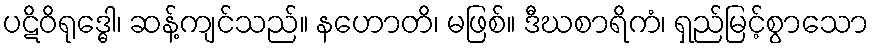
ပဋိဝိရုဒ္ဓေါ၊ ဆန့်ကျင်သည်။ နဟောတိ၊ မဖြစ်။ ဒီဃစာရိကံ၊ ရှည်မြင့်စွာသော